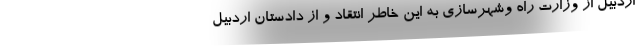
اردبیل از وزارت راه وشهرسازی به این خاطر انتقاد و از دادستان اردبیل